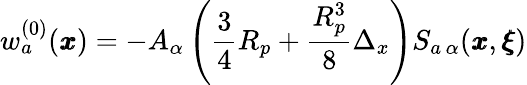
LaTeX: w_{a}^{(0)}({\pmb x})=-A_{\alpha}\left(\frac{3}{4}R_{p}+\frac{R_{p}^{3}}{8}\Delta_{x}\right)S_{a\, \alpha}({\pmb x},{\pmb\xi})